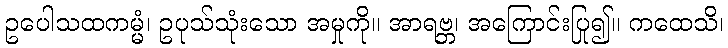
ဥပေါသထကမ္မံ၊ ဥပုသ်သုံးသော အမှုကို။ အာရဗ္ဘ၊ အကြောင်းပြု၍။ ကထေသိ၊